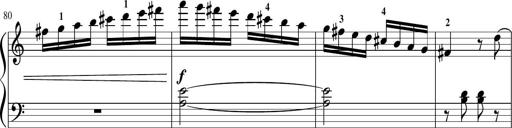
Title: Sonatina in G major
Composer: Friedrich Kuhlau
Key: G major